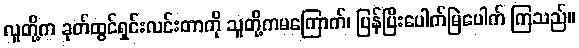
လူတို့က ခုတ်ထွင်ရှင်းလင်းတာကို သူတို့ကမကြောက်၊ ပြန်ပြီးပေါက်မြဲပေါက် ကြသည်။